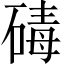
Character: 碡